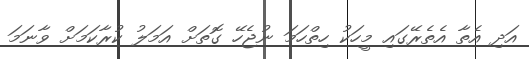
އަދި އެތާ އެތެރޭގައި މީހަކު ހިތްހަމަ ނުޖެހޭ ގޮތަށް އަމަލު ކުރާކަމަށް ވާނަމަ